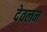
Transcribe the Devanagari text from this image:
देवलन